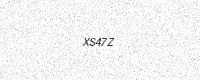
Text: XS47Z